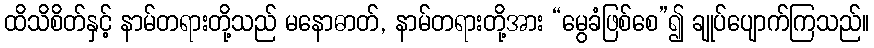
ထိသိစိတ်နှင့် နာမ်တရားတို့သည် မနောဓာတ်, နာမ်တရားတို့အား “မွေခံဖြစ်စေ”၍ ချုပ်ပျောက်ကြသည်။